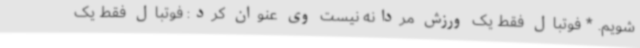
شویم. * فوتبال فقط یک ورزش مردانه نیست وی عنوان کرد: فوتبال فقط یک